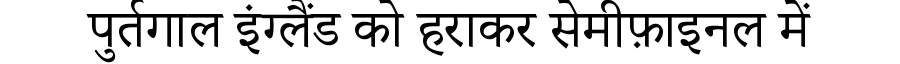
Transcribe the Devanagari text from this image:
पुर्तगाल इंग्लैंड को हराकर सेमीफ़ाइनल में